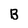
Character: B